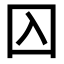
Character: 𡆣